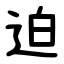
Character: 迫